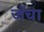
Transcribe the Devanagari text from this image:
जॅचा